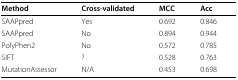
<table><thead><tr><td><b>Method</b></td><td><b>Cross-validated</b></td><td><b>MCC</b></td><td><b>Acc</b></td></tr></thead><tbody><tr><td>SAAPpred</td><td>Yes</td><td>0.692</td><td>0.846</td></tr><tr><td>SAAPpred</td><td>No</td><td>0.894</td><td>0.944</td></tr><tr><td>PolyPhen2</td><td>No</td><td>0.572</td><td>0.785</td></tr><tr><td>SIFT</td><td>?</td><td>0.528</td><td>0.763</td></tr><tr><td>MutationAssessor</td><td>N/A</td><td>0.453</td><td>0.698</td></tr></tbody></table>